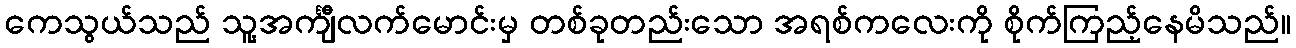
ကေသွယ်သည် သူ့အင်္ကျီလက်မောင်းမှ တစ်ခုတည်းသော အရစ်ကလေးကို စိုက်ကြည့်နေမိသည်။